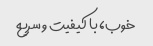
خوب، با کیفیت و سریع